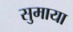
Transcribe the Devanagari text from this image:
सुमाया